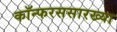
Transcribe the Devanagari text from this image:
कॉन्फरससारख्या